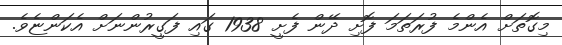
މިގޮތަށް އެންމެ ފުރަތަމަ ފޮށި ދޭން ފެށީ 1938 ގައި ފަގީރުންނަށް އެކަންޏެވެ.